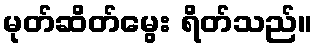
မုတ်ဆိတ်မွေး ရိတ်သည်။